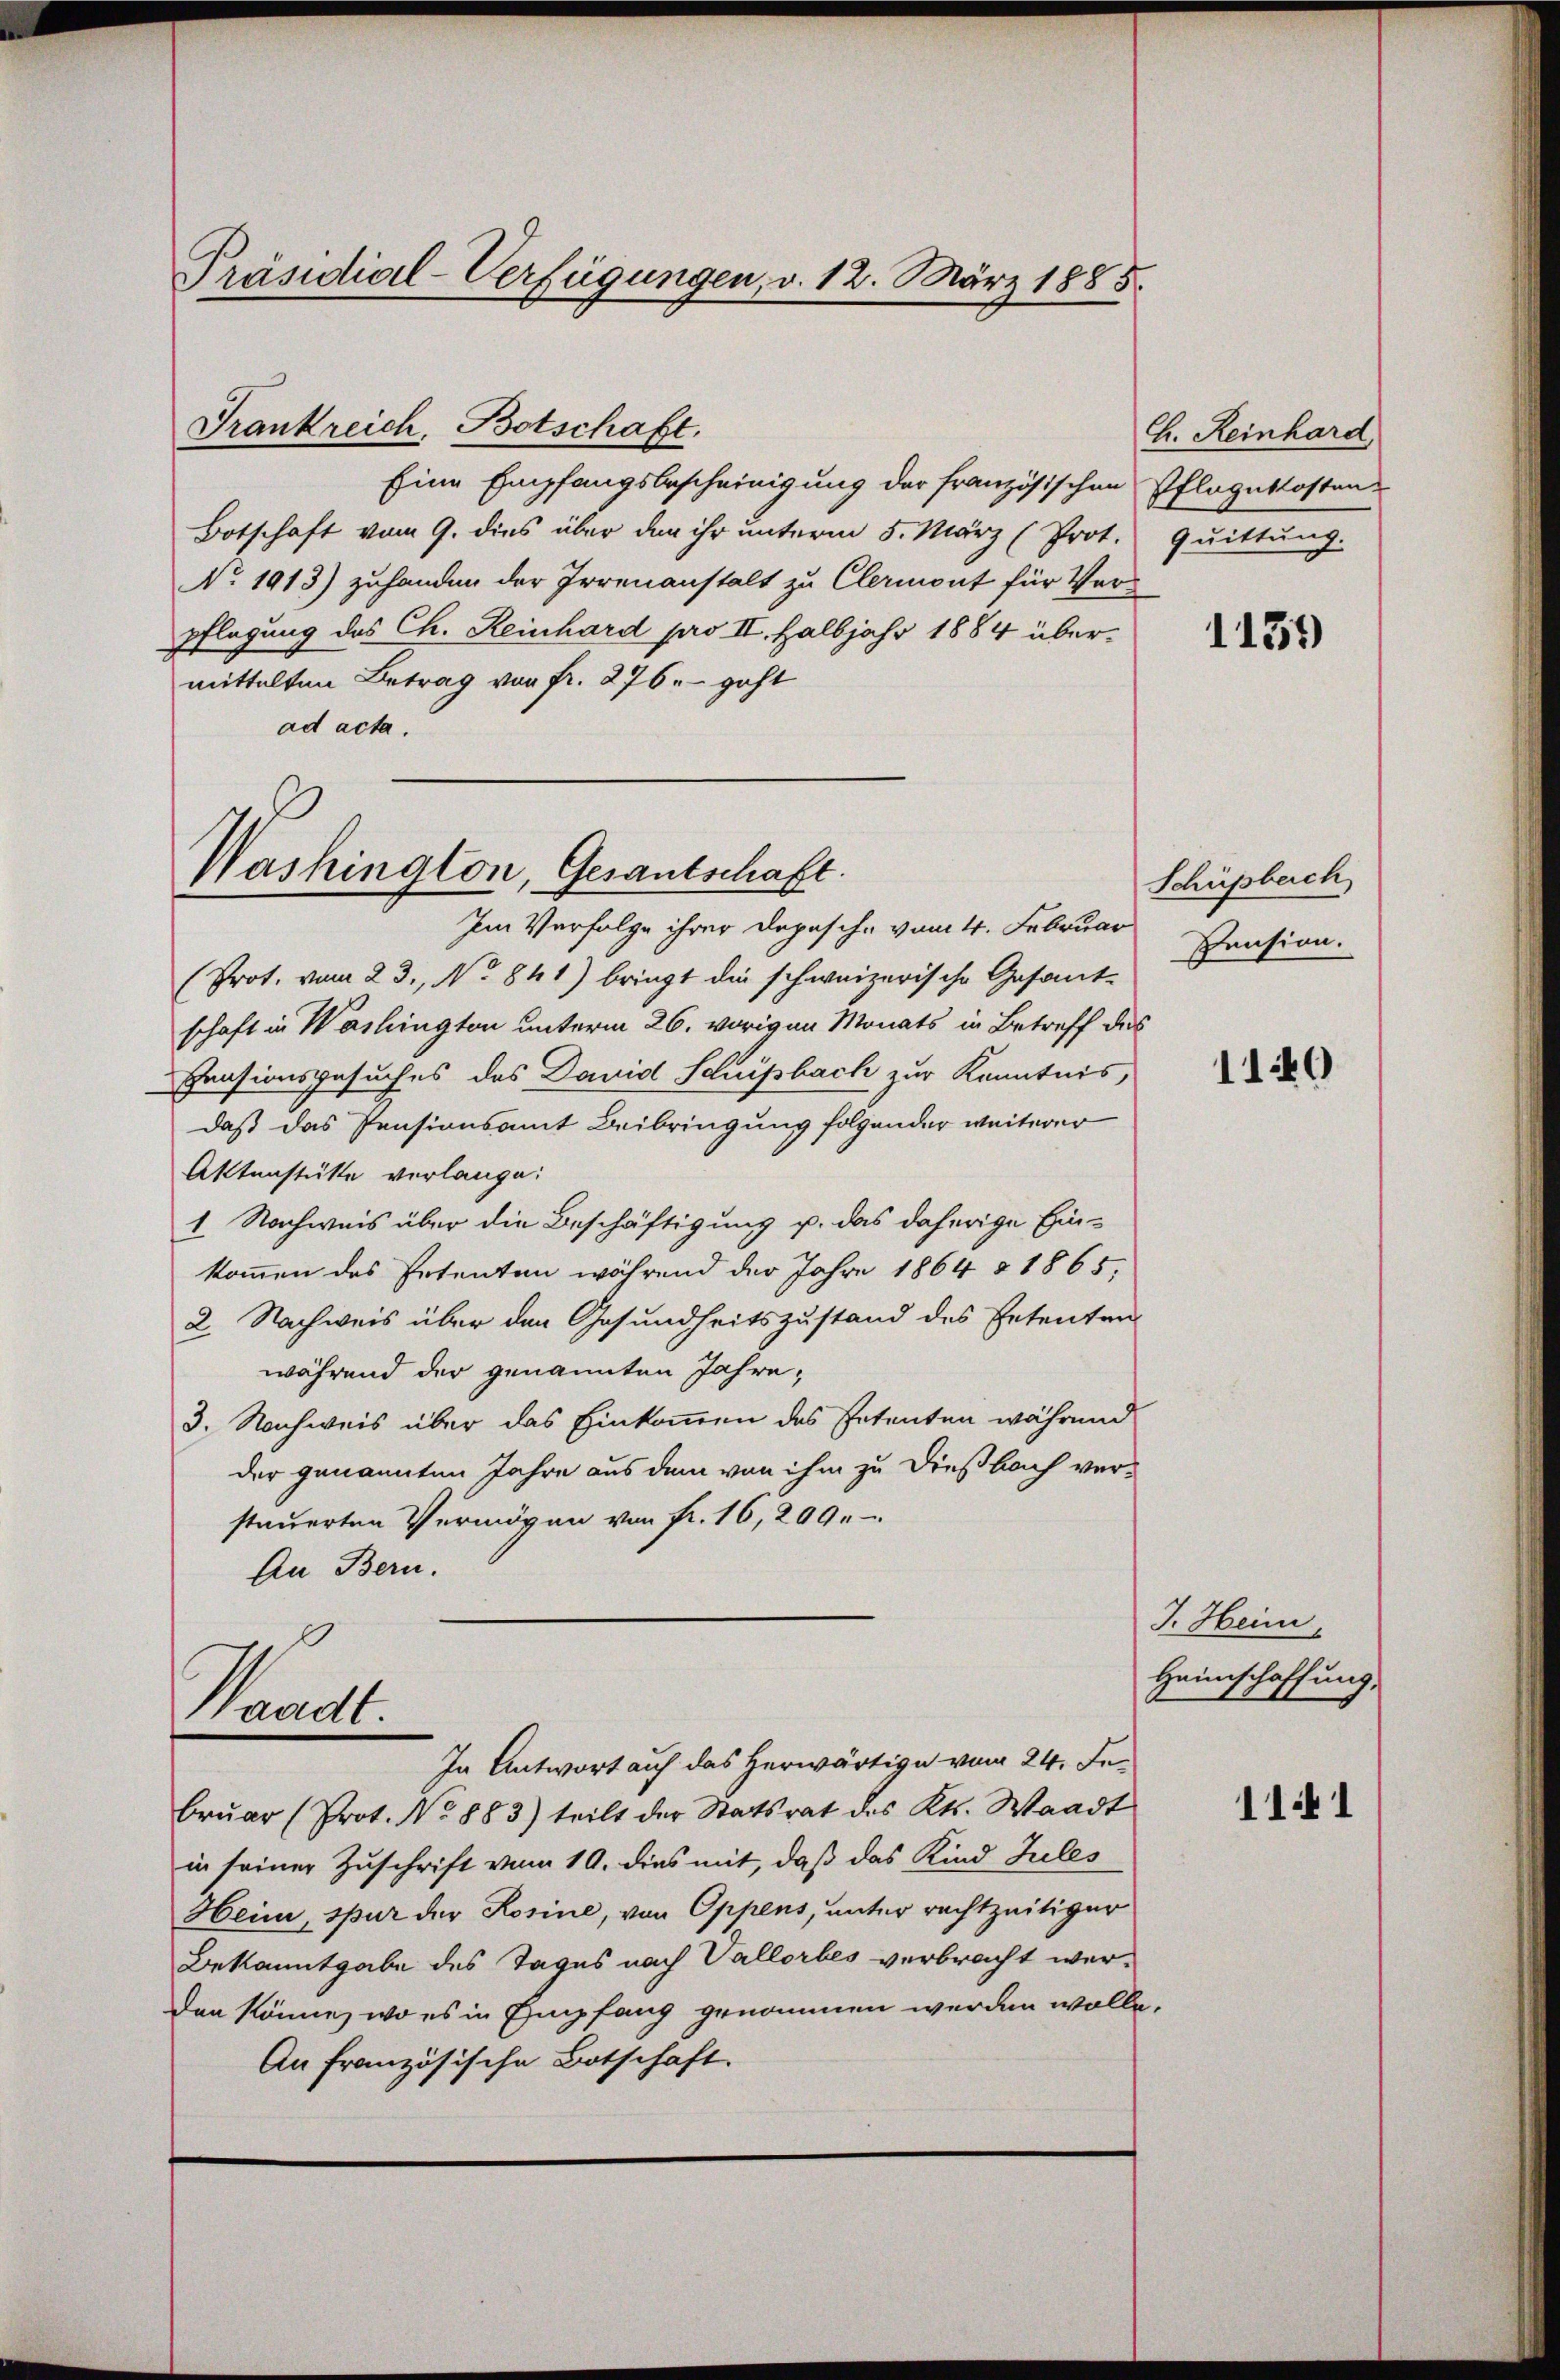
Präsidial-Verfügungen, v. 12. März 1885.

Frankreich, Botschaft.
Eine Empfangsbescheinigung der französischen
Botschaft vom 9. dies über den ihr unterm 5. März (Prot. Quittung.
No. 1913) zuhanden der Irrenanstalt zu Clermont für Verpflegung des Ch. Reinhard pro II. Halbjahr 1884 übermittelten Betrag von fr. 276. geht
ad acta.

Washington, Gesantschaft.

Im Verfolge ihrer Depesche vom 4. Februar
(Prot. vom 23., No 841) bringt die schweizerische Gesamt-
schaft in Washington unterm 26. vorigen Monats in Betreff des
Pensionsgesuches des David Schupbach zur Kenntnis,
daß das Pensionsamt Beibringung folgender weiterer
Aktenstätte verlange:
1 Nachweis über die Beschäftigung u. das daherige Einkommen des Petenten während der Jahre 1864 § 1865,
2. Nachweis über den Gesundheitszustand des Petenten
während der genannten Jahre,
3. Nachweis über das Einkommen des Petenten während
der genannten Jahre aus dem von ihm zu dießbach versteuerten Vermögen von fr. 16, 209.
An Bern.

Waadt
In Antwort auf das herwärtige vom 24. Je¬

bruar (Prot. No 883) teilt der Statsrat des Kts. Waadt
in seiner Zuschrift vom 19. dies mit, daß das Kind Zules
Heim, spur der Rosine, von Oppens, unter rechtzeitiger
Bekanntgabe des Tages nach Vallorbes verbracht werden könne, wo es in Empfang genommen werden wolle.
An französische Botschaft.

H. Reinhard,
Pflegekosten.

1139)

Schüpberch
Pension.

1140

J. Heim,
Heimschaffung,

11441